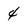
Character: 4